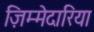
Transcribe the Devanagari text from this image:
ज़िम्मेदारिया